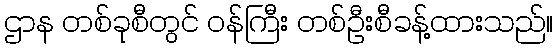
ဌာန တစ်ခုစီတွင် ဝန်ကြီး တစ်ဦးစီခန့်ထားသည်။